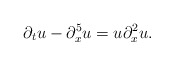
\begin{align*} \partial_tu - \partial_x^5u = u\partial_x^2u.\end{align*}